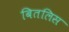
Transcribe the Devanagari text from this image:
बितलिस